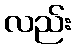
လည်း